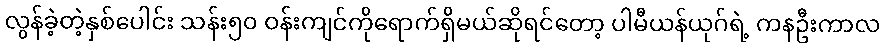
လွန်ခဲ့တဲ့နှစ်ပေါင်း သန်း၅၀ ဝန်းကျင်ကိုရောက်ရှိမယ်ဆိုရင်တော့ ပါမီယန်ယုဂ်ရဲ့ ကနဦးကာလ